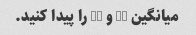
میانگین 12 و 16 را پیدا کنید.